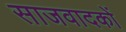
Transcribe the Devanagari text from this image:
साजवादकों